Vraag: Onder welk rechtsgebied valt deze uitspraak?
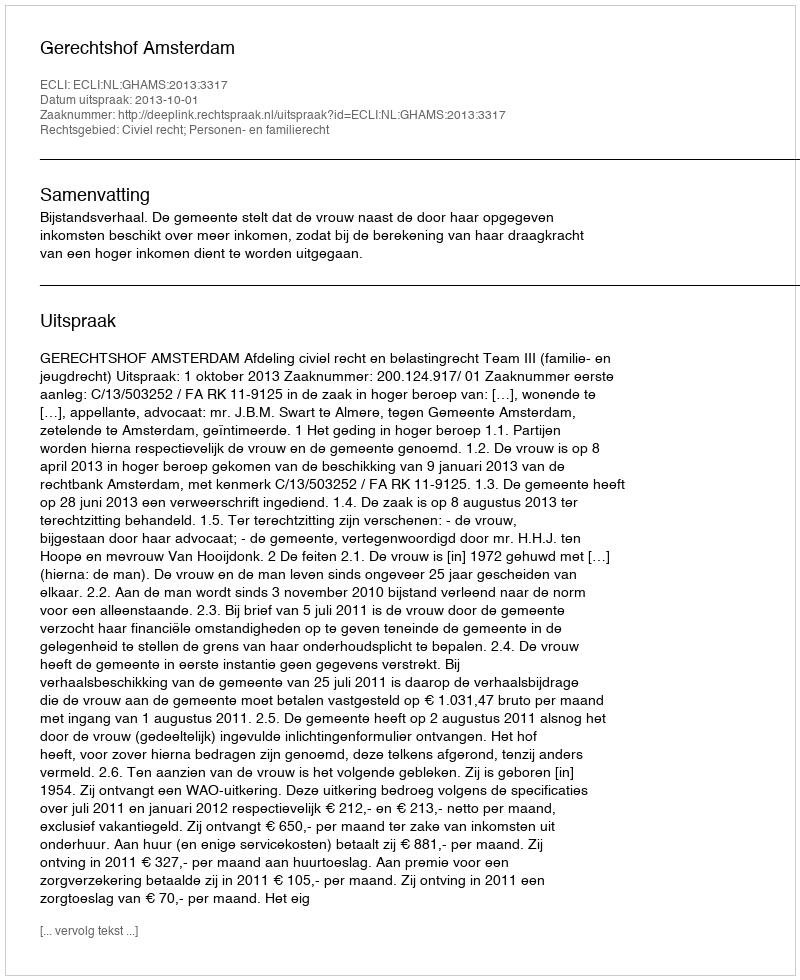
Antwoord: Civiel recht; Personen- en familierecht